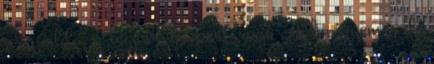
– ez eddig a legjobb SuperCross eredményem – de